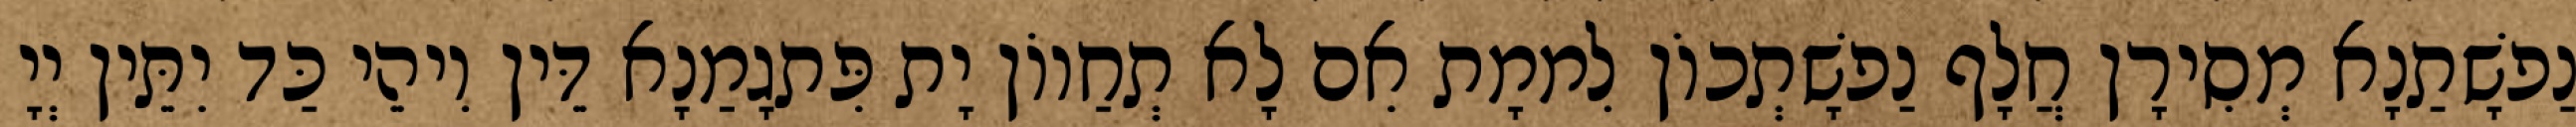
נַפשָׁתַנָא מְסִירָן חֲלָף נַפשָׁתְכוֹן לִממָת אִם לָא תְחַווֹן יָת פִּתגָמַנָא דֵּין וִיהֵי כַּד יִתֵּין יְיָ